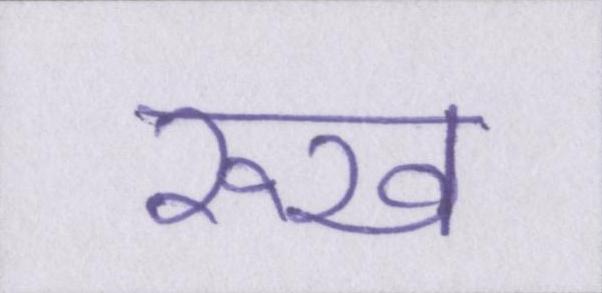
रूख